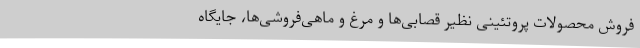
فروش محصولات پروتئینی نظیر قصابی‌ها و مرغ و ماهی‌فروشی‌ها، جایگاه